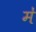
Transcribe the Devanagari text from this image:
मं॑